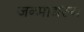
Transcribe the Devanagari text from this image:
जन्माद्यस्य